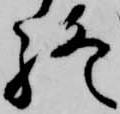
終